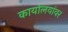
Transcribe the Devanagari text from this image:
कार्यालयांवर